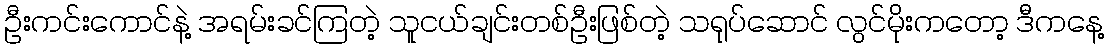
ဦးကင်းကောင်နဲ့ အရမ်းခင်ကြတဲ့ သူငယ်ချင်းတစ်ဦးဖြစ်တဲ့ သရုပ်ဆောင် လွင်မိုးကတော့ ဒီကနေ့